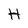
Character: H